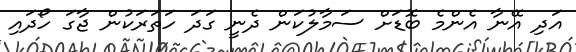
އަދި އޭނާ އެންމެ ބޮޑަށް ސަމާލުކަން ދެނީ ގަދަ ހަތަރަކުން ޖާގަ ހޯދައި